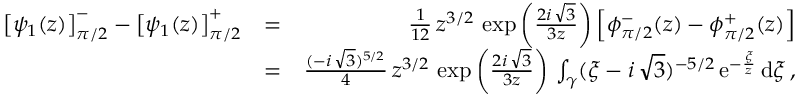
\begin{array} { r l r } { \left[ \psi _ { 1 } ( z ) \right] _ { \pi / 2 } ^ { - } - \left[ \psi _ { 1 } ( z ) \right] _ { \pi / 2 } ^ { + } } & { = } & { \frac { 1 } { 1 2 } \, z ^ { 3 / 2 } \, \exp \left( \frac { 2 i \, \sqrt { 3 } } { 3 z } \right) \left[ \phi _ { \pi / 2 } ^ { - } ( z ) - \phi _ { \pi / 2 } ^ { + } ( z ) \right] } \\ & { = } & { \frac { ( - i \, \sqrt { 3 } ) ^ { 5 / 2 } } { 4 } \, z ^ { 3 / 2 } \, \exp \left( \frac { 2 i \, \sqrt { 3 } } { 3 z } \right) \, \int _ { \gamma } ( \xi - i \, \sqrt { 3 } ) ^ { - 5 / 2 } \, \mathrm { e } ^ { - \frac { \xi } { z } } \, \mathrm { d } \xi \, , } \end{array}